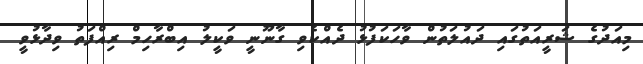
މިއަދުގެ ޝަރީއަތުގައި ދައުލަތުން ވާހަކަފުޅު ދެއްކެވި ގާނޫނީ ވަކީލު އިބްރާހިމް ރިއްފަތު ވިދާޅުވީ